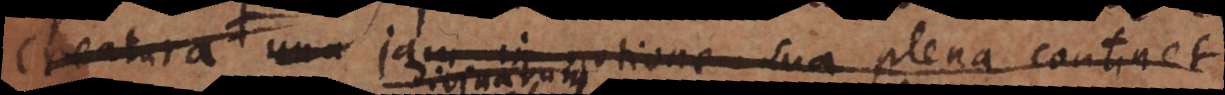
rnatur, jam in notione sua plena possi